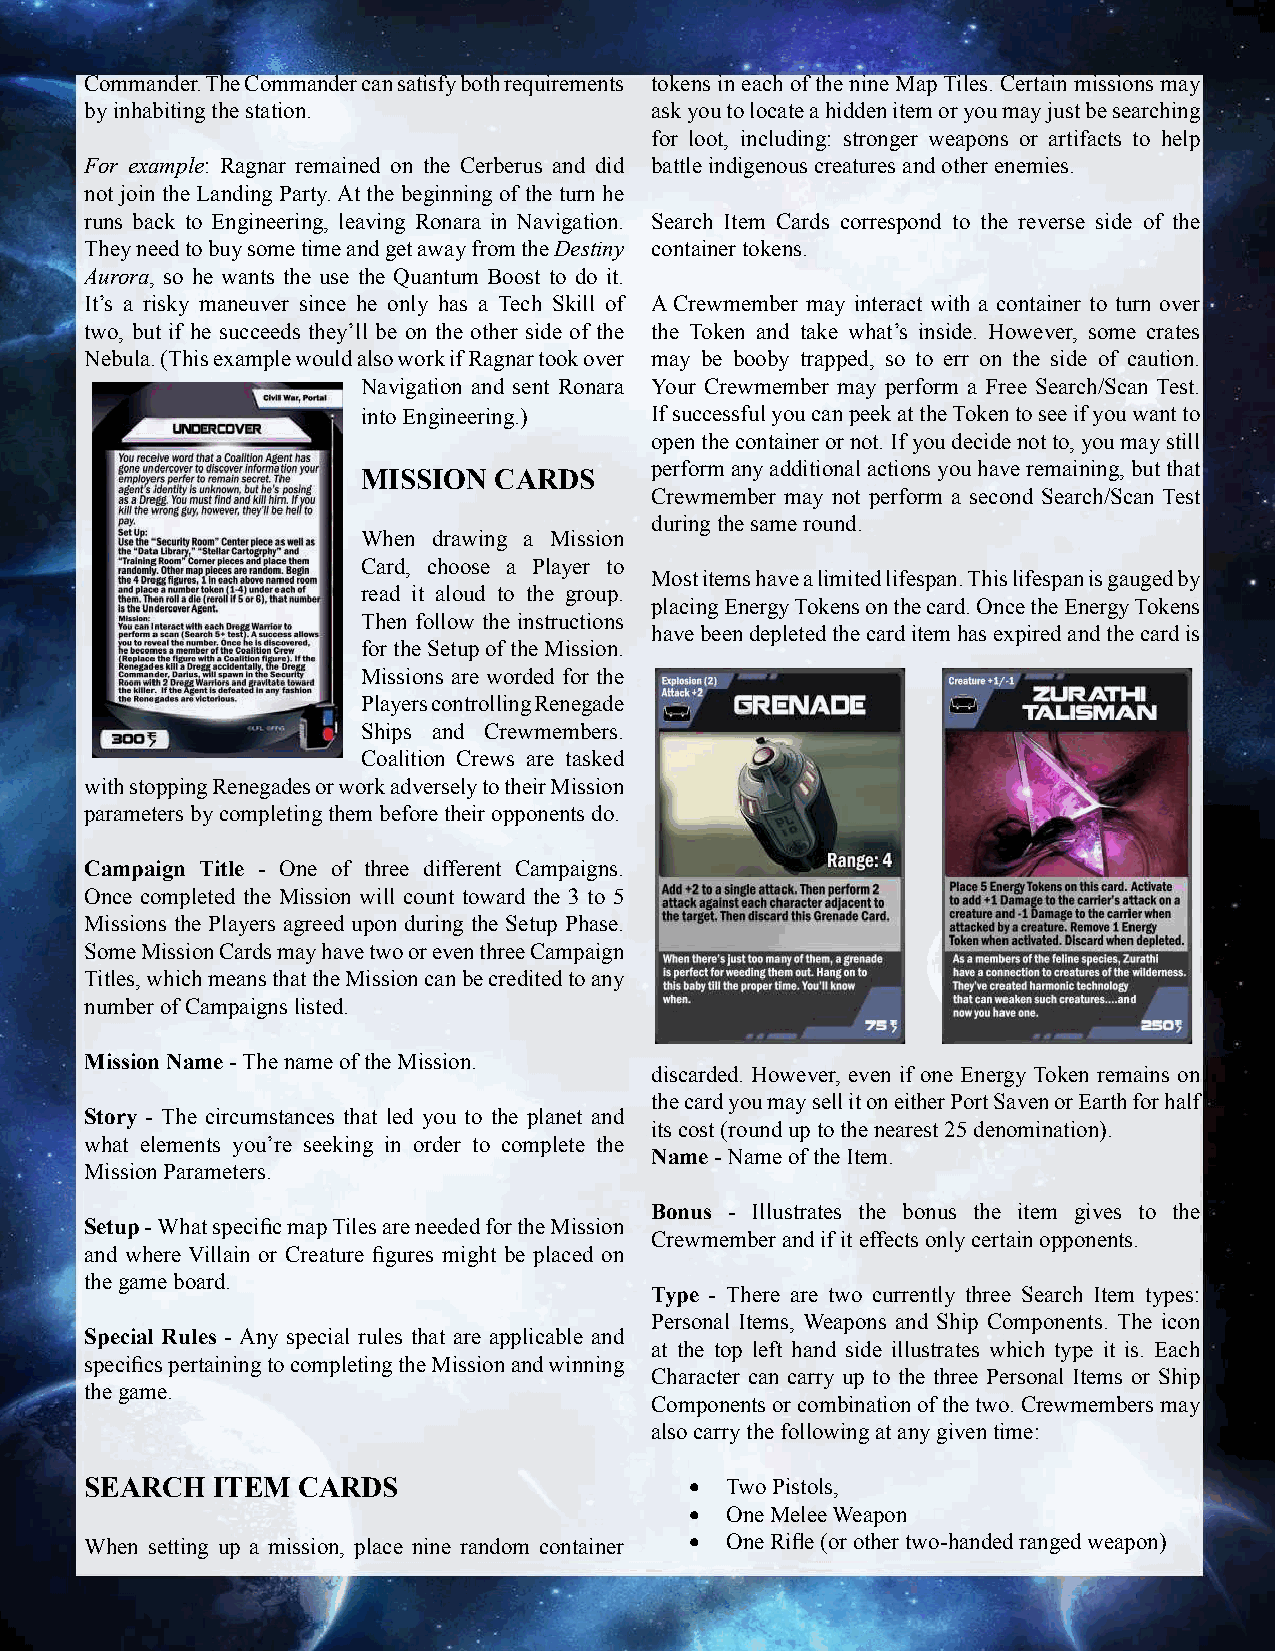
Commander. The Commander can satisfy both requirements tokens in each of the nine Map Tiles. Certain missions may
 by inhabiting the station.           ask you to locate a hidden item or you may just be searching
 for loot, including: stronger weapons or artifacts to help
 For example: Ragnar remained on the Cerberus and did battle indigenous creatures and other enemies.
 not join the Landing Party. At the beginning of the turn he
 runs back to Engineering, leaving Ronara in Navigation. Search Item Cards correspond to the reverse side of the
 They need to buy some time and get away from the Destiny container tokens.
 Aurora, so he wants the use the Quantum Boost to do it.
 It’s a risky maneuver since he only has a Tech Skill of A Crewmember may interact with a container to turn over
 two, but if he succeeds they’ll be on the other side of the the Token and take what’s inside. However, some crates
 Nebula. (This example would also work if Ragnar took over may be booby trapped, so to err on the side of caution.
 Navigation and sent Ronara Your Crewmember may perform a Free Search/Scan Test.
 into Engineering.) If successful you can peek at the Token to see if you want to
 open the container or not. If you decide not to, you may still
 perform any additional actions you have remaining, but that
 MISSION  CARDS
 Crewmember may not perform a second Search/Scan Test
 during the same round.
 When drawing a Mission
 Card, choose a Player to
 Most items have a limited lifespan. This lifespan is gauged by
 read it aloud to the group.
 placing Energy Tokens on the card. Once the Energy Tokens
 Then follow the instructions
 have been depleted the card item has expired and the card is
 for the Setup of the Mission.
 Missions are worded for the
 Players controlling Renegade
 Ships and Crewmembers.
 Coalition Crews are tasked
 with stopping Renegades or work adversely to their Mission
 parameters by completing them before their opponents do.
 Campaign Title - One of three different Campaigns.
 Once completed the Mission will count toward the 3 to 5
 Missions the Players agreed upon during the Setup Phase.
 Some Mission Cards may have two or even three Campaign
 Titles, which means that the Mission can be credited to any
 number of Campaigns listed.
 Mission Name - The name of the Mission.
 discarded. However, even if one Energy Token remains on
 the card you may sell it on either Port Saven or Earth for half
 Story - The circumstances that led you to the planet and
 its cost (round up to the nearest 25 denomination).
 what elements you’re seeking in order to complete the
 Name - Name of the Item.
 Mission Parameters.
 Bonus - Illustrates the bonus the item gives to the
 Setup - What specifi c map Tiles are needed for the Mission
 Crewmember and if it effects only certain opponents.
 and where Villain or Creature fi gures might be placed on
 the game board.
 Type - There are two currently three Search Item types:
 Personal Items, Weapons and Ship Components. The icon
 Special Rules - Any special rules that are applicable and
 at the top left hand side illustrates which type it is. Each
 specifi cs pertaining to completing the Mission and winning
 Character can carry up to the three Personal Items or Ship
 the game.
 Components or combination of the two. Crewmembers may
 also carry the following at any given time:
 SEARCH  ITEM  CARDS                     • Two Pistols,
 • One Melee Weapon
 When setting up a mission, place nine random container • One Rifl e (or other two-handed ranged weapon)